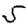
Digit: 5